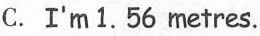
C.I'm 1.56 metres.